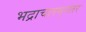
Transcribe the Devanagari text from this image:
भद्राचलम्‌नंतर